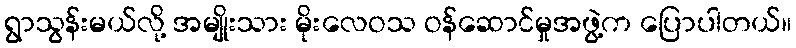
ရွာသွန်းမယ်လို့ အမျိုးသား မိုးလေဝသ ဝန်ဆောင်မှုအဖွဲ့က ပြောပါတယ်။